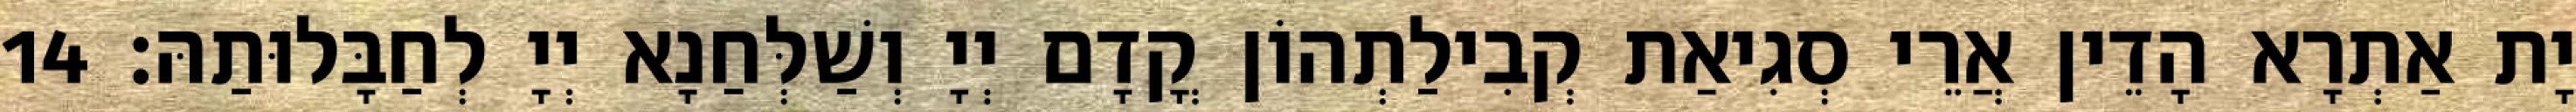
יָת אַתְרָא הָדֵין אֲרֵי סְגִיאַת קְבִילַתְהוֹן קֳדָם יְיָ וְשַׁלְּחַנָא יְיָ לְחַבָּלוּתַהּ׃ 14